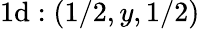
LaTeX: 1\mathrm{d}:(1/2,y,1/2)